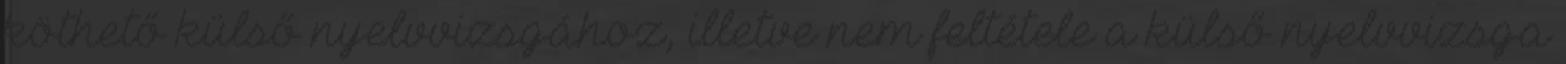
köthető külső nyelvvizsgához, illetve nem feltétele a külső nyelvvizsga